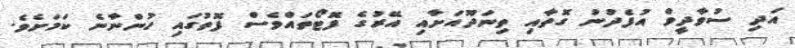
އަދި ސުވާދީވް އުފެދުނު ގޮތާއި ތިނަދޫއަށާއި އޭރުގެ ފޮޓޯތައްވެސް ފޮތުގައި ހުންނާނެ ކަމަށެވެ.